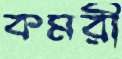
কমরী